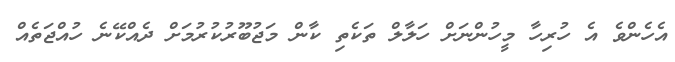
އެހެންވެ އެ ހުރިހާ މީހުންނަށް ހަލާލް ތަކެތި ކާން މަޖުބޫރުކުރުމަށް ދެއްކޭނެ ހުއްޖަތެއް